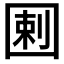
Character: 𡇿